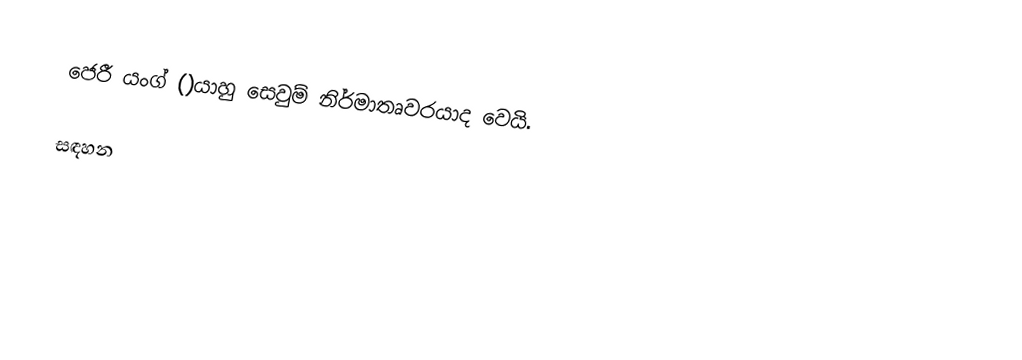
ජෙරී යංග් ()යාහු සෙවුම් නිර්මාතෘවරයාද වෙයි.

සඳහන